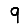
Digit: 9